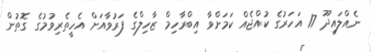
ނެއްލައިދޫ 17 އަހަރުގެ ކުއްޖެއް ކަމަށްވާ އިބްރާހިމް ޒާހިލްގެ ފަރުވާއަށް އެހީތެރިވުމުގެ ގޮތުން